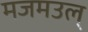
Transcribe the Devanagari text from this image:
मजमउल्